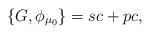
\begin{align*}\{G,\phi_{\mu_0} \} = sc + pc,\end{align*}